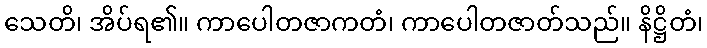
သေတိ၊ အိပ်ရ၏။ ကာပေါတဇာကတံ၊ ကာပေါတဇာတ်သည်။ နိဋ္ဌိတံ၊